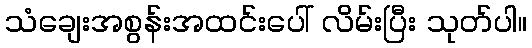
သံချေးအစွန်းအထင်းပေါ် လိမ်းပြီး သုတ်ပါ။